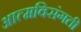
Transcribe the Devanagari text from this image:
आत्मविसंगती